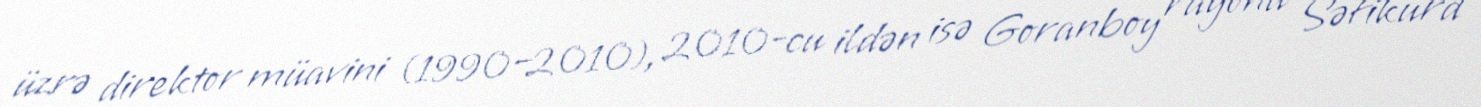
üzrə direktor müavini (1990–2010), 2010-cu ildən isə Goranboy rayonu Səfikürd